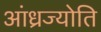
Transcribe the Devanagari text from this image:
आंध्रज्योति